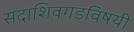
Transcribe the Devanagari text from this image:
सदाशिवगडविषयी